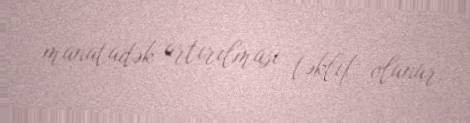
manatadək artırılması təklif olunur.